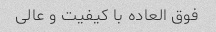
فوق العاده با کیفیت و عالی